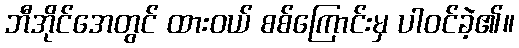
ဘီအိုင်အေတွင် ထားဝယ် စစ်ကြောင်းမှ ပါဝင်ခဲ့၏။